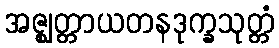
အဇ္ဈတ္တာယတနဒုက္ခသုတ္တံ